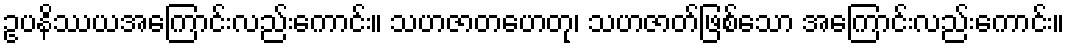
ဥပနိဿယအကြောင်းလည်းကောင်း။ သဟဇာတဟေတု၊ သဟဇာတ်ဖြစ်သော အကြောင်းလည်းကောင်း။